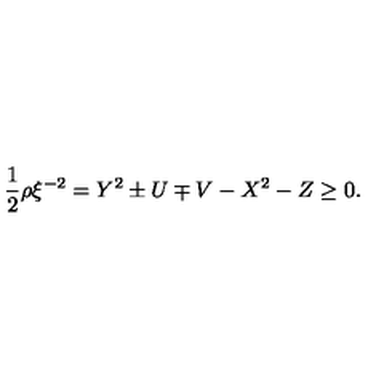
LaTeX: \frac { 1 } { 2 } \rho \xi ^ { - 2 } = Y ^ { 2 } \pm U \mp V - X ^ { 2 } - Z \geq 0 .